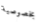
بخصوصية